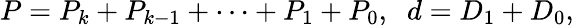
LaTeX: P=P_{k}+P_{k-1}+\cdots+P_{1}+P_{0},\; \; d=D_{1}+D_{0},